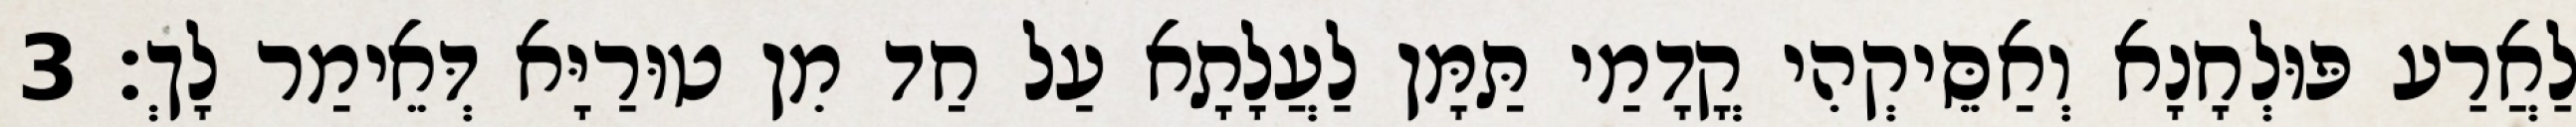
לַאֲרַע פּוּלְחָנָא וְאַסֵּיקְהִי קֳדָמַי תַּמָּן לַעֲלָתָא עַל חַד מִן טוּרַיָּא דְּאֵימַר לָךְ׃ 3